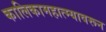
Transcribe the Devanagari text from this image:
कालिकामहात्म्यावरून